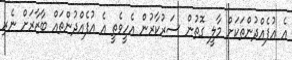
އެ އުފެއްދުންތަކަށް މާލީ ގޮތުން ސަރުކާރުން އެހީވެތީ އެ އުފެއްދުންތައް ބާޒާރަށް ނެރި